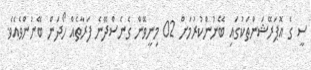
ސީ ގެ އޮޕަރޭޝަންތަކުގައި ބޭނުންކުރުމަށް 02 މިނީވޭން ގެނެސްދޭނެ ފަރާތެއް ހޯދަން ބޭނުންވެއެވެ.